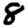
Digit: 8